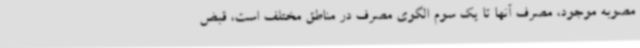
مصوبه موجود، مصرف آنها تا یک سوم الگوی مصرف در مناطق مختلف است، قبض